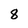
Character: 8